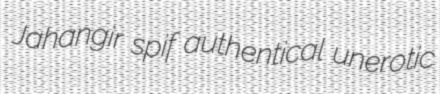
Jahangir spif authentical unerotic